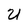
Character: U